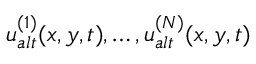
u _ { a l t } ^ { ( 1 ) } ( x , y , t ) , \dots , u _ { a l t } ^ { ( N ) } ( x , y , t )